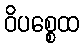
ဝိပစ္စေထ